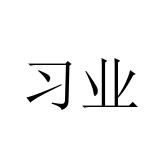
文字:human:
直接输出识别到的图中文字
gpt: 习业